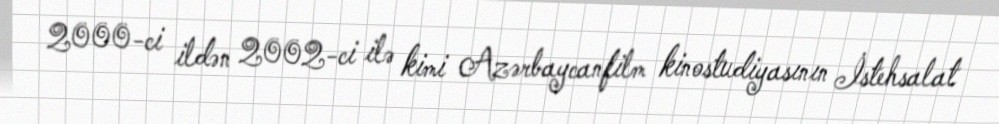
2000-ci ildən 2002-ci ilə kimi Azərbaycanfilm kinostudiyasının İstehsalat